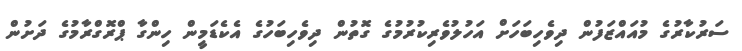
ސަރުކާރުގެ މުއައްޒަފުން ދިވެހިބަހަށް އަހުލުވެރިކުރުމުގެ ގޮތުން ދިވެހިބަހުގެ އެކެޑަމީން ހިންގާ ޕްރޮގްރާމުގެ ދަށުން